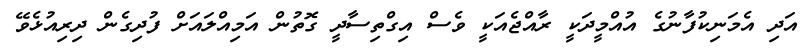
އަދި އެމަނިކުފާނުގެ އުއްމީދަކީ ރާއްޖެއަކީ ވެސް އިގްތިސާދީ ގޮތުން އަމިއްލައަށް ފުދިގެން ދިރިއުޅެވޭ